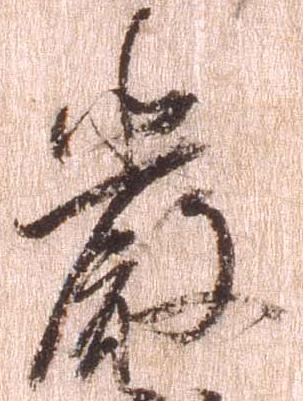
厳